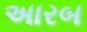
અારબ